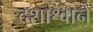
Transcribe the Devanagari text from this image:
दशाश्वाने